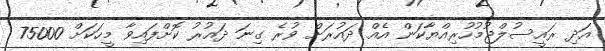
އަދި ރައީސުލްޖުމުހުރިއްޔާކަން އެއް ދައުރަށް ވުރެ ގިނަ ދައުރު ކޮށްފައިވާ މީހަކަށް 75000